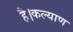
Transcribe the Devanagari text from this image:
है।कल्याण